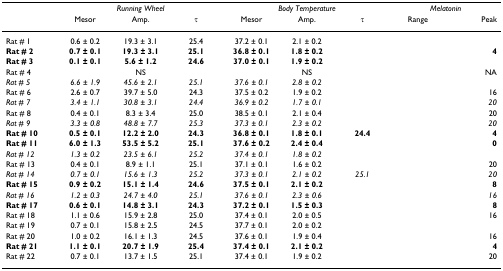
<table><thead><tr><td>[EMPTY_CELL]</td><td colspan="3"><b><i>Running Wheel</i></b></td><td colspan="3"><b><i>Body Temperature</i></b></td><td colspan="2"><b><i>Melatonin</i></b></td></tr><tr><td>[EMPTY_CELL]</td><td><b>Mesor</b></td><td><b>Amp.</b></td><td><b>τ</b></td><td><b>Mesor</b></td><td><b>Amp.</b></td><td><b>τ</b></td><td><b>Range</b></td><td><b>Peak</b></td></tr></thead><tbody><tr><td>Rat # 1</td><td>0.6 ± 0.2</td><td>19.3 ± 3.1</td><td>25.4</td><td>37.2 ± 0.1</td><td>2.1 ± 0.2</td><td>[EMPTY_CELL]</td><td>[EMPTY_CELL]</td><td>[EMPTY_CELL]</td></tr><tr><td><b>Rat # 2</b></td><td><b>0.7 ± 0.1</b></td><td><b>19.3 ± 3.1</b></td><td><b>25.1</b></td><td><b>36.8 ± 0.1</b></td><td><b>1.8 ± 0.2</b></td><td>[EMPTY_CELL]</td><td>[EMPTY_CELL]</td><td><b>4</b></td></tr><tr><td><b>Rat # 3</b></td><td><b>0.1 ± 0.1</b></td><td><b>5.6 ± 1.2</b></td><td><b>24.6</b></td><td><b>37.0 ± 0.1</b></td><td><b>1.9 ± 0.2</b></td><td>[EMPTY_CELL]</td><td>[EMPTY_CELL]</td><td>[EMPTY_CELL]</td></tr><tr><td>Rat # 4</td><td>[EMPTY_CELL]</td><td>NS</td><td>[EMPTY_CELL]</td><td>[EMPTY_CELL]</td><td>NS</td><td>[EMPTY_CELL]</td><td>[EMPTY_CELL]</td><td>NA</td></tr><tr><td><i>Rat # 5</i></td><td><i>6.6 ± 1.9</i></td><td><i>45.6 ± 2.1</i></td><td><i>25.1</i></td><td><i>37.6 ± 0.1</i></td><td><i>2.8 ± 0.2</i></td><td>[EMPTY_CELL]</td><td>[EMPTY_CELL]</td><td>[EMPTY_CELL]</td></tr><tr><td>Rat # 6</td><td>2.6 ± 0.7</td><td>39.7 ± 5.0</td><td>24.3</td><td>37.5 ± 0.2</td><td>1.9 ± 0.2</td><td>[EMPTY_CELL]</td><td>[EMPTY_CELL]</td><td>16</td></tr><tr><td><i>Rat # 7</i></td><td><i>3.4 ± 1.1</i></td><td><i>30.8 ± 3.1</i></td><td><i>24.4</i></td><td><i>36.9 ± 0.2</i></td><td><i>1.7 ± 0.1</i></td><td>[EMPTY_CELL]</td><td>[EMPTY_CELL]</td><td><i>20</i></td></tr><tr><td>Rat # 8</td><td>0.4 ± 0.1</td><td>8.3 ± 3.4</td><td>25.0</td><td>38.5 ± 0.1</td><td>2.1 ± 0.4</td><td>[EMPTY_CELL]</td><td>[EMPTY_CELL]</td><td>20</td></tr><tr><td><i>Rat # 9</i></td><td><i>3.3 ± 0.8</i></td><td><i>48.8 ± 7.7</i></td><td><i>25.3</i></td><td><i>37.3 ± 0.1</i></td><td><i>2.3 ± 0.2</i></td><td>[EMPTY_CELL]</td><td>[EMPTY_CELL]</td><td><i>20</i></td></tr><tr><td><b>Rat # 10</b></td><td><b>0.5 ± 0.1</b></td><td><b>12.2 ± 2.0</b></td><td><b>24.3</b></td><td><b>36.8 ± 0.1</b></td><td><b>1.8 ± 0.1</b></td><td><b>24.4</b></td><td>[EMPTY_CELL]</td><td><b>4</b></td></tr><tr><td><b>Rat # 11</b></td><td><b>6.0 ± 1.3</b></td><td><b>53.5 ± 5.2</b></td><td><b>25.1</b></td><td><b>37.6 ± 0.2</b></td><td><b>2.4 ± 0.4</b></td><td>[EMPTY_CELL]</td><td>[EMPTY_CELL]</td><td><b>0</b></td></tr><tr><td><i>Rat # 12</i></td><td><i>1.3 ± 0.2</i></td><td><i>23.5 ± 6.1</i></td><td><i>25.2</i></td><td><i>37.4 ± 0.1</i></td><td><i>1.8 ± 0.2</i></td><td>[EMPTY_CELL]</td><td>[EMPTY_CELL]</td><td>[EMPTY_CELL]</td></tr><tr><td>Rat # 13</td><td>0.4 ± 0.1</td><td>8.9 ± 1.1</td><td>25.1</td><td>37.1 ± 0.1</td><td>1.6 ± 0.2</td><td>[EMPTY_CELL]</td><td>[EMPTY_CELL]</td><td>20</td></tr><tr><td><i>Rat # 14</i></td><td><i>0.7 ± 0.1</i></td><td><i>15.6 ± 1.3</i></td><td><i>25.2</i></td><td><i>37.3 ± 0.1</i></td><td><i>2.1 ± 0.2</i></td><td><i>25.1</i></td><td>[EMPTY_CELL]</td><td><i>20</i></td></tr><tr><td><b>Rat # 15</b></td><td><b>0.9 ± 0.2</b></td><td><b>15.1 ± 1.4</b></td><td><b>24.6</b></td><td><b>37.5 ± 0.1</b></td><td><b>2.1 ± 0.2</b></td><td>[EMPTY_CELL]</td><td>[EMPTY_CELL]</td><td><b>8</b></td></tr><tr><td><i>Rat # 16</i></td><td><i>1.2 ± 0.3</i></td><td><i>24.7 ± 4.0</i></td><td><i>25.1</i></td><td><i>37.6 ± 0.1</i></td><td><i>2.3 ± 0.6</i></td><td>[EMPTY_CELL]</td><td>[EMPTY_CELL]</td><td><i>16</i></td></tr><tr><td><b>Rat # 17</b></td><td><b>0.6 ± 0.1</b></td><td><b>14.8 ± 3.1</b></td><td><b>24.3</b></td><td><b>37.2 ± 0.1</b></td><td><b>1.5 ± 0.3</b></td><td>[EMPTY_CELL]</td><td>[EMPTY_CELL]</td><td><b>8</b></td></tr><tr><td>Rat # 18</td><td>1.1 ± 0.6</td><td>15.9 ± 2.8</td><td>25.0</td><td>37.4 ± 0.1</td><td>2.0 ± 0.5</td><td>[EMPTY_CELL]</td><td>[EMPTY_CELL]</td><td>16</td></tr><tr><td>Rat # 19</td><td>0.7 ± 0.1</td><td>15.8 ± 2.5</td><td>24.5</td><td>37.7 ± 0.1</td><td>2.0 ± 0.2</td><td>[EMPTY_CELL]</td><td>[EMPTY_CELL]</td><td>[EMPTY_CELL]</td></tr><tr><td>Rat # 20</td><td>1.0 ± 0.2</td><td>16.1 ± 1.3</td><td>24.5</td><td>37.6 ± 0.1</td><td>1.9 ± 0.4</td><td>[EMPTY_CELL]</td><td>[EMPTY_CELL]</td><td>16</td></tr><tr><td><b>Rat # 21</b></td><td><b>1.1 ± 0.1</b></td><td><b>20.7 ± 1.9</b></td><td><b>25.4</b></td><td><b>37.4 ± 0.1</b></td><td><b>2.1 ± 0.2</b></td><td>[EMPTY_CELL]</td><td>[EMPTY_CELL]</td><td><b>4</b></td></tr><tr><td>Rat # 22</td><td>0.7 ± 0.1</td><td>13.7 ± 1.5</td><td>25.1</td><td>37.4 ± 0.1</td><td>1.9 ± 0.2</td><td>[EMPTY_CELL]</td><td>[EMPTY_CELL]</td><td>20</td></tr></tbody></table>